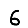
Digit: 6